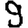
Digit: 9